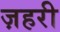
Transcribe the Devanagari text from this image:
ज़हरी